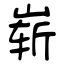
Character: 崭